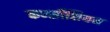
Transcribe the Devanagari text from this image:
कर्न्सोशियम